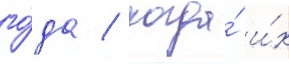
го́да / когда́ и́х